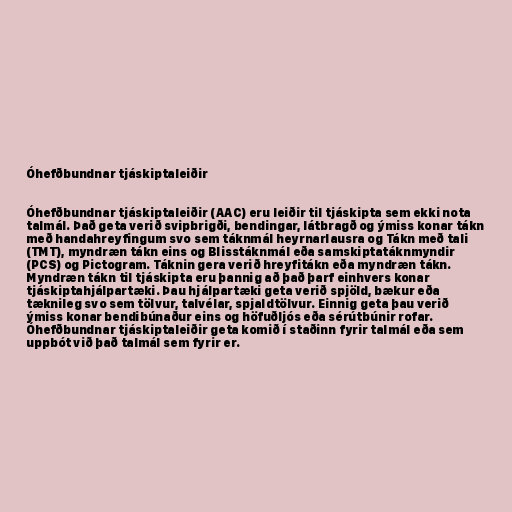
Óhefðbundnar tjáskiptaleiðir

Óhefðbundnar tjáskiptaleiðir (AAC) eru leiðir til tjáskipta sem ekki nota
talmál. Það geta verið svipbrigði, bendingar, látbragð og ýmiss konar tákn
með handahreyfingum svo sem táknmál heyrnarlausra og Tákn með tali
(TMT), myndræn tákn eins og Blisstáknmál eða samskiptatáknmyndir
(PCS) og Pictogram. Táknin gera verið hreyfitákn eða myndræn tákn.
Myndræn tákn til tjáskipta eru þannig að það þarf einhvers konar
tjáskiptahjálpartæki. Þau hjálpartæki geta verið spjöld, bækur eða
tæknileg svo sem tölvur, talvélar, spjaldtölvur. Einnig geta þau verið
ýmiss konar bendibúnaður eins og höfuðljós eða sérútbúnir rofar.
Óhefðbundnar tjáskiptaleiðir geta komið í staðinn fyrir talmál eða sem
uppbót við það talmál sem fyrir er.